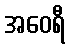
အဝေရီ